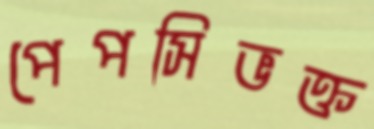
পেপসিভক্ত